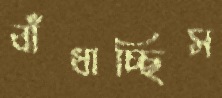
বাঁধাচ্ছিস